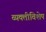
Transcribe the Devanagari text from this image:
व्यक्तीविशेष